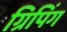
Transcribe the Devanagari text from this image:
ग्रिपिंग